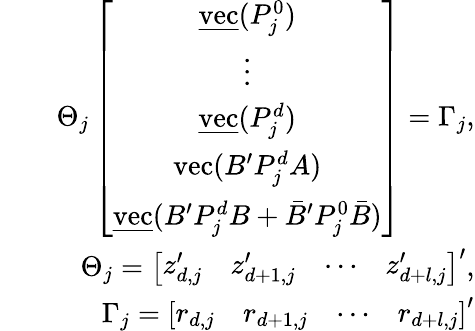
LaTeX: \begin{array}{rlr}&{}&{\Theta_{j}\left[\begin{array}{c}{\underline{{\mathrm{vec}}}(P_{j}^{0})}\\ {\vdots}\\ {\underline{{\mathrm{vec}}}(P_{j}^{d})}\\ {\mathrm{vec}(B^{\prime}P_{j}^{d}A)}\\ {\underline{{\mathrm{vec}}}(B^{\prime}P_{j}^{d}B+\bar{B}^{\prime}P_{j}^{0}\bar{B})}\end{array}\right]=\Gamma_{j},}\\ &{}&{\Theta_{j}=\left[\begin{array}{llll}{z_{d,j}^{\prime}}&{z_{d+1,j}^{\prime}}&{\cdots}&{z_{d+l,j}^{\prime}}\end{array}\right]^{\prime},}\\ &{}&{\Gamma_{j}=\left[\begin{array}{llll}{r_{d,j}}&{r_{d+1,j}}&{\cdots}&{r_{d+l,j}}\end{array}\right]^{\prime}}\end{array}